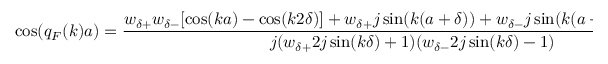
\cos ( q _ { F } ( k ) a ) = \frac { w _ { \delta + } w _ { \delta - } [ \cos ( k a ) - \cos ( k 2 \delta ) ] + w _ { \delta + } j \sin ( k ( a + \delta ) ) + w _ { \delta - } j \sin ( k ( a - \delta ) ) + \cos ( k a ) } { j ( w _ { \delta + } 2 j \sin ( k \delta ) + 1 ) ( w _ { \delta - } 2 j \sin ( k \delta ) - 1 ) }